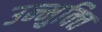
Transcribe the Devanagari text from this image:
उन्मुक्‍ति